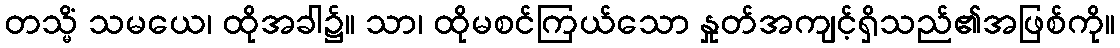
တသ္မိံ သမယေ၊ ထိုအခါ၌။ သာ၊ ထိုမစင်ကြယ်သော နှုတ်အကျင့်ရှိသည်၏အဖြစ်ကို။